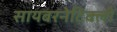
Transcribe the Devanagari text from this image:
सायबरनेटिक्ली